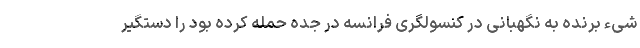
شیء برنده به نگهبانی در کنسولگری فرانسه در جده حمله کرده بود را دستگیر